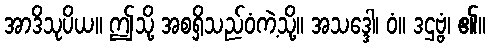
အာဒိသုပိယ။ ဤသို့ အစရှိသည်ဝံကဲ့သို့။ အသဒ္ဒေါ၊ ဝံ။ ဒဌဗ္ဗံ၊ ၏။